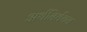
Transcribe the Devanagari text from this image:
अर्थनिर्वचन